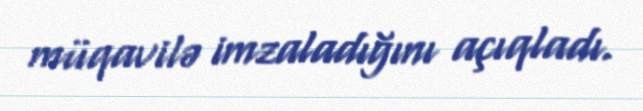
müqavilə imzaladığını açıqladı.